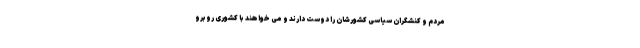
مردم و کنشگران سیاسی کشورشان را دوست دارند و می خواهند با کشوری روبرو